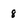
Character: 8